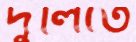
দুলিতে